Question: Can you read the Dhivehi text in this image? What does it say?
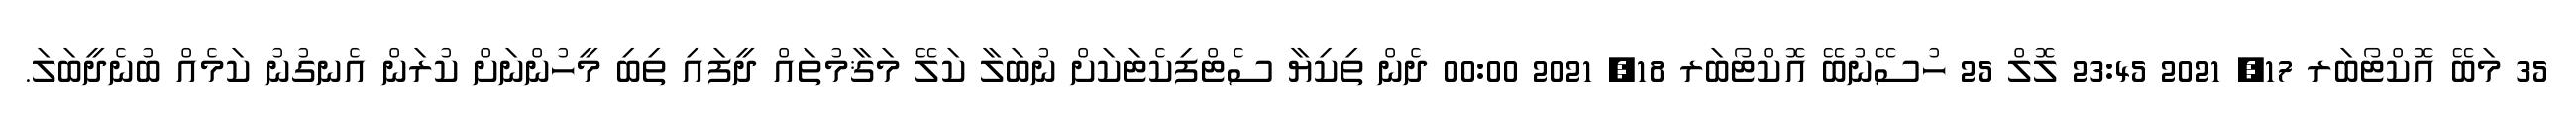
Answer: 35 މަބޭ އޮކްޓޯބަރ 17, 2021 23:45 ލޮލް 25 ހުސޭނުބޭ އޮކްޓޯބަރ 18, 2021 00:00 ދެން ތިކިޔާ ސެޓްފިކެޓަކަށް ނުބަލާ ކަލޭ މަޤާމުތައް ދީފައި ތިބި މީހުންނަށް ކުރަން އެނގުނު ކަމެއް ބުނެދީބަލަ.